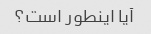
آیا اینطور است؟